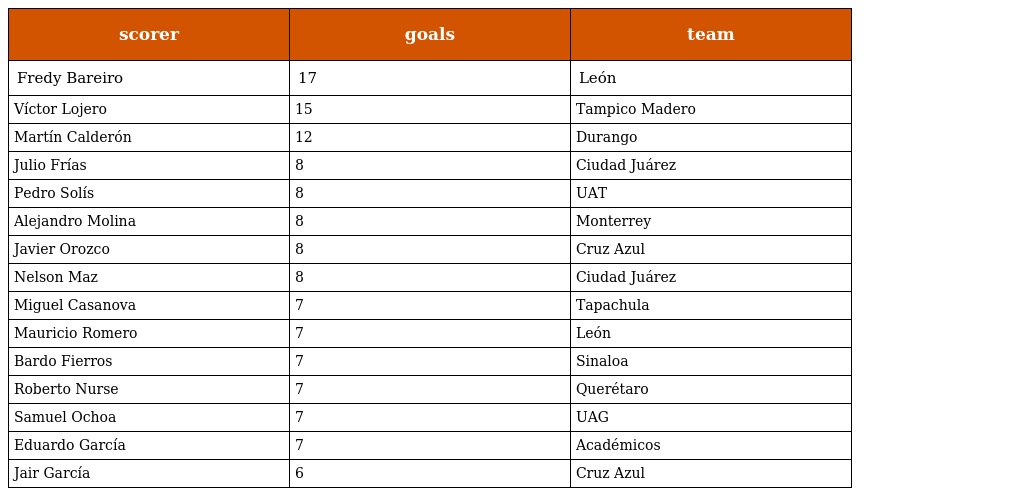
| scorer | goals | team |
 | --- | --- | --- |
 | Fredy Bareiro | 17 | León |
 | Víctor Lojero | 15 | Tampico Madero |
 | Martín Calderón | 12 | Durango |
 | Julio Frías | 8 | Ciudad Juárez |
 | Pedro Solís | 8 | UAT |
 | Alejandro Molina | 8 | Monterrey |
 | Javier Orozco | 8 | Cruz Azul |
 | Nelson Maz | 8 | Ciudad Juárez |
 | Miguel Casanova | 7 | Tapachula |
 | Mauricio Romero | 7 | León |
 | Bardo Fierros | 7 | Sinaloa |
 | Roberto Nurse | 7 | Querétaro |
 | Samuel Ochoa | 7 | UAG |
 | Eduardo García | 7 | Académicos |
 | Jair García | 6 | Cruz Azul |